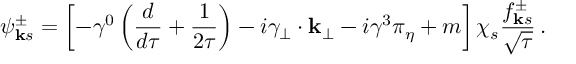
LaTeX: \psi _ { { \bf k } s } ^ { \pm } = \left[ - \gamma ^ { 0 } \left( { \frac { d } { d \tau } } + { \frac { 1 } { 2 \tau } } \right) - i \gamma _ { \bf { { \perp } } } \cdot { \bf { k _ { \perp } } } - i \gamma ^ { 3 } \pi _ { \eta } + m \right] \chi _ { s } { \frac { f _ { { \bf k } s } ^ { \pm } } { \sqrt \tau } } \, .